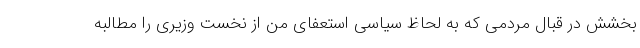
بخشش در قبال مردمی که به لحاظ سیاسی استعفای من از نخست وزیری را مطالبه